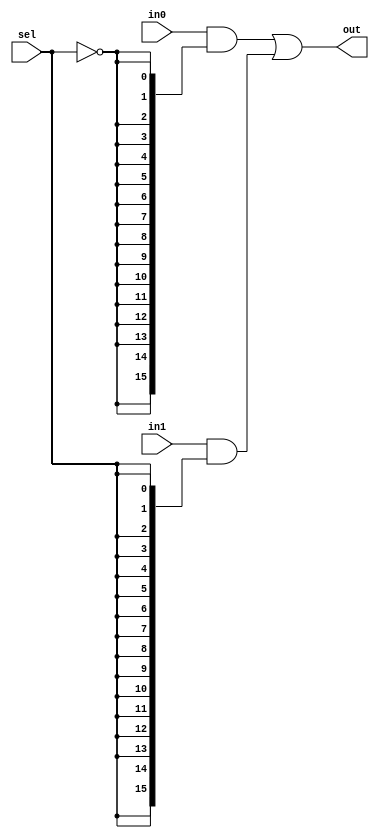
`timescale 1ns / 1ps
//////////////////////////////////////////////////////////////////////////////////
// Company: 
// Engineer: 
// 
// Design Name: 
// Module Name: MUX2_1x8
// Project Name: 
// Target Devices: 
// Tool Versions: 
// Description: 
// 
// Dependencies: 
// 
// Revision:
// Revision 0.01 - File Created
// Additional Comments:
// 
//////////////////////////////////////////////////////////////////////////////////


module MUX2_1x16(
    input [15:0] in0,
    input [15:0] in1,
    input sel,
    output [15:0] out
    );
    
    assign out = (in0 & {16{~sel}})|(in1 & {16{sel}});
    
endmodule